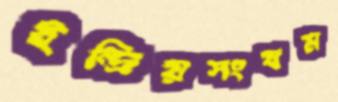
ইন্দ্রিয়সংযম